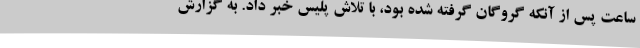
ساعت پس از آنکه گروگان گرفته شده بود، با تلاش پلیس خبر داد. به گزارش